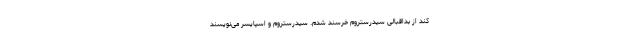
کند از بداقبالی سیدرستروم خرسند شدم. سیدرستروم و اسپایسر می‌نویسند